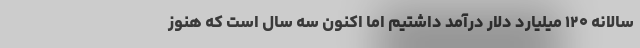
سالانه ۱۲۰ میلیارد دلار درآمد داشتیم اما اکنون سه سال است که هنوز